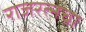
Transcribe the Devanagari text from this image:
राजरत्‍नचा